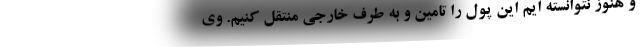
و هنوز نتوانسته ایم این پول را تامین و به طرف خارجی منتقل کنیم. وی